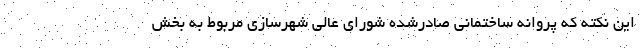
این نکته که پروانه ساختمانی صادرشده شورای عالی شهرسازی مربوط به بخش